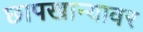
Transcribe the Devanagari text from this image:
छापखान्यावर